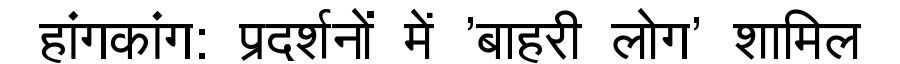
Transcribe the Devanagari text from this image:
हांगकांग: प्रदर्शनों में 'बाहरी लोग' शामिल